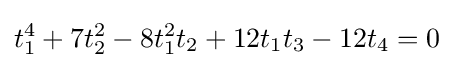
t_{1}^{4}+7t_{2}^{2}-8t_{1}^{2}t_{2}+12t_{1}t_{3}-12t_{4}=0